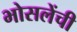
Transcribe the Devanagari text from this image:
भोसलेंची